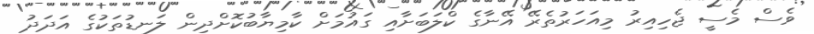
ވެސް މެސީ ޖެހިއިރު މިއަހަރުތެރޭ އޭނާގެ ކްލަބަށާއި ގައުމަށް ކާމިޔާބުކޮށްދިން ލަނޑުތަކުގެ އަދަދު